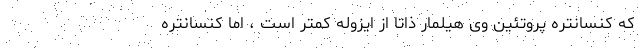
كه كنسانتره پروتئین وی هیلمار ذاتاً از ایزوله كمتر است ، اما كنسانتره